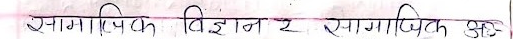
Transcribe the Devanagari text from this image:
सामाजिक विज्ञान र सामाजिक अ